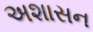
અશાસન